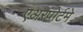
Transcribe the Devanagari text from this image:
एअरपोर्टमे